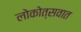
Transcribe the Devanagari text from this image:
लोकोत्सवात